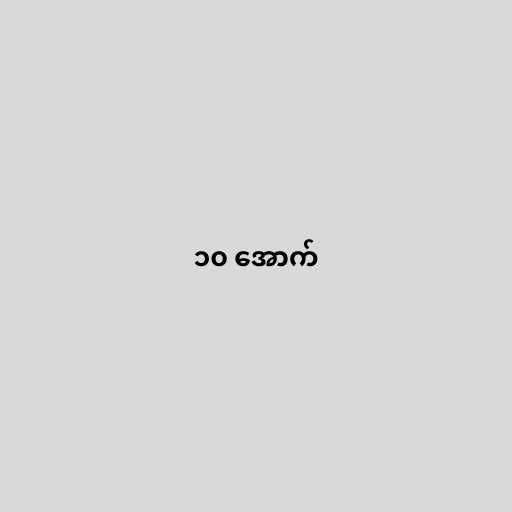
၁၀ အောက်